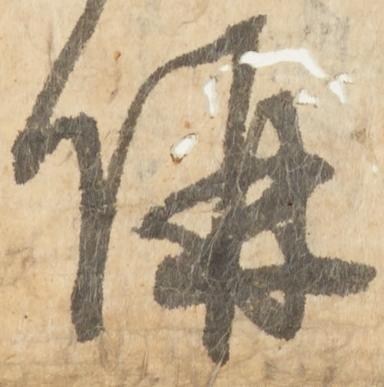
併